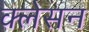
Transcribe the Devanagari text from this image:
क्‍लेसन